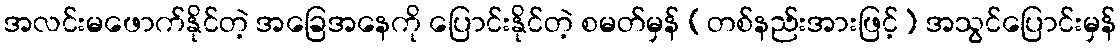
အလင်းမဖောက်နိုင်တဲ့ အခြေအနေကို ပြောင်းနိုင်တဲ့ စမတ်မှန် (တစ်နည်းအားဖြင့်) အသွင်ပြောင်းမှန်